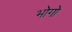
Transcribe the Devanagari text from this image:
भोगो